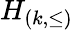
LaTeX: H_{(k,\leq)}